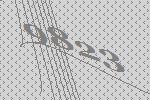
9823